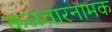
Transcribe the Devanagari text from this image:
कळवारनामक